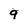
Character: 9